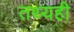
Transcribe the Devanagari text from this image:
तथ्यही